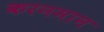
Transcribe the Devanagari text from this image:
करनमान